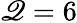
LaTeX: \mathscr{Q}=6